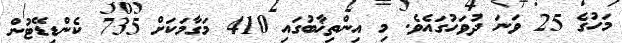
މަހުގެ 25 ވަނަ ދުވަހުގައެވެ. މި އިންތިޚާބުގައި 410 މަގާމަކަށް 735 ކެންޑިޑޭޓުން